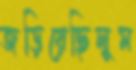
জড়িয়েছিলুম